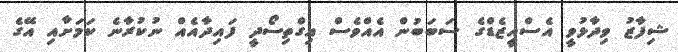
ޝިފާޒު ވިދާޅުވީ އެސްއީޒެޑްގެ ސަބަބުން އެއްވެސް އިގްތިސޯދީ ފައިދާއެއް ނުކުރާނެ ކަމަށާއި އޭގެ